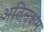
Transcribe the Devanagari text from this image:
अतिसक्षम